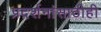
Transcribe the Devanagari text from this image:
प्रदर्शनांसाठीही